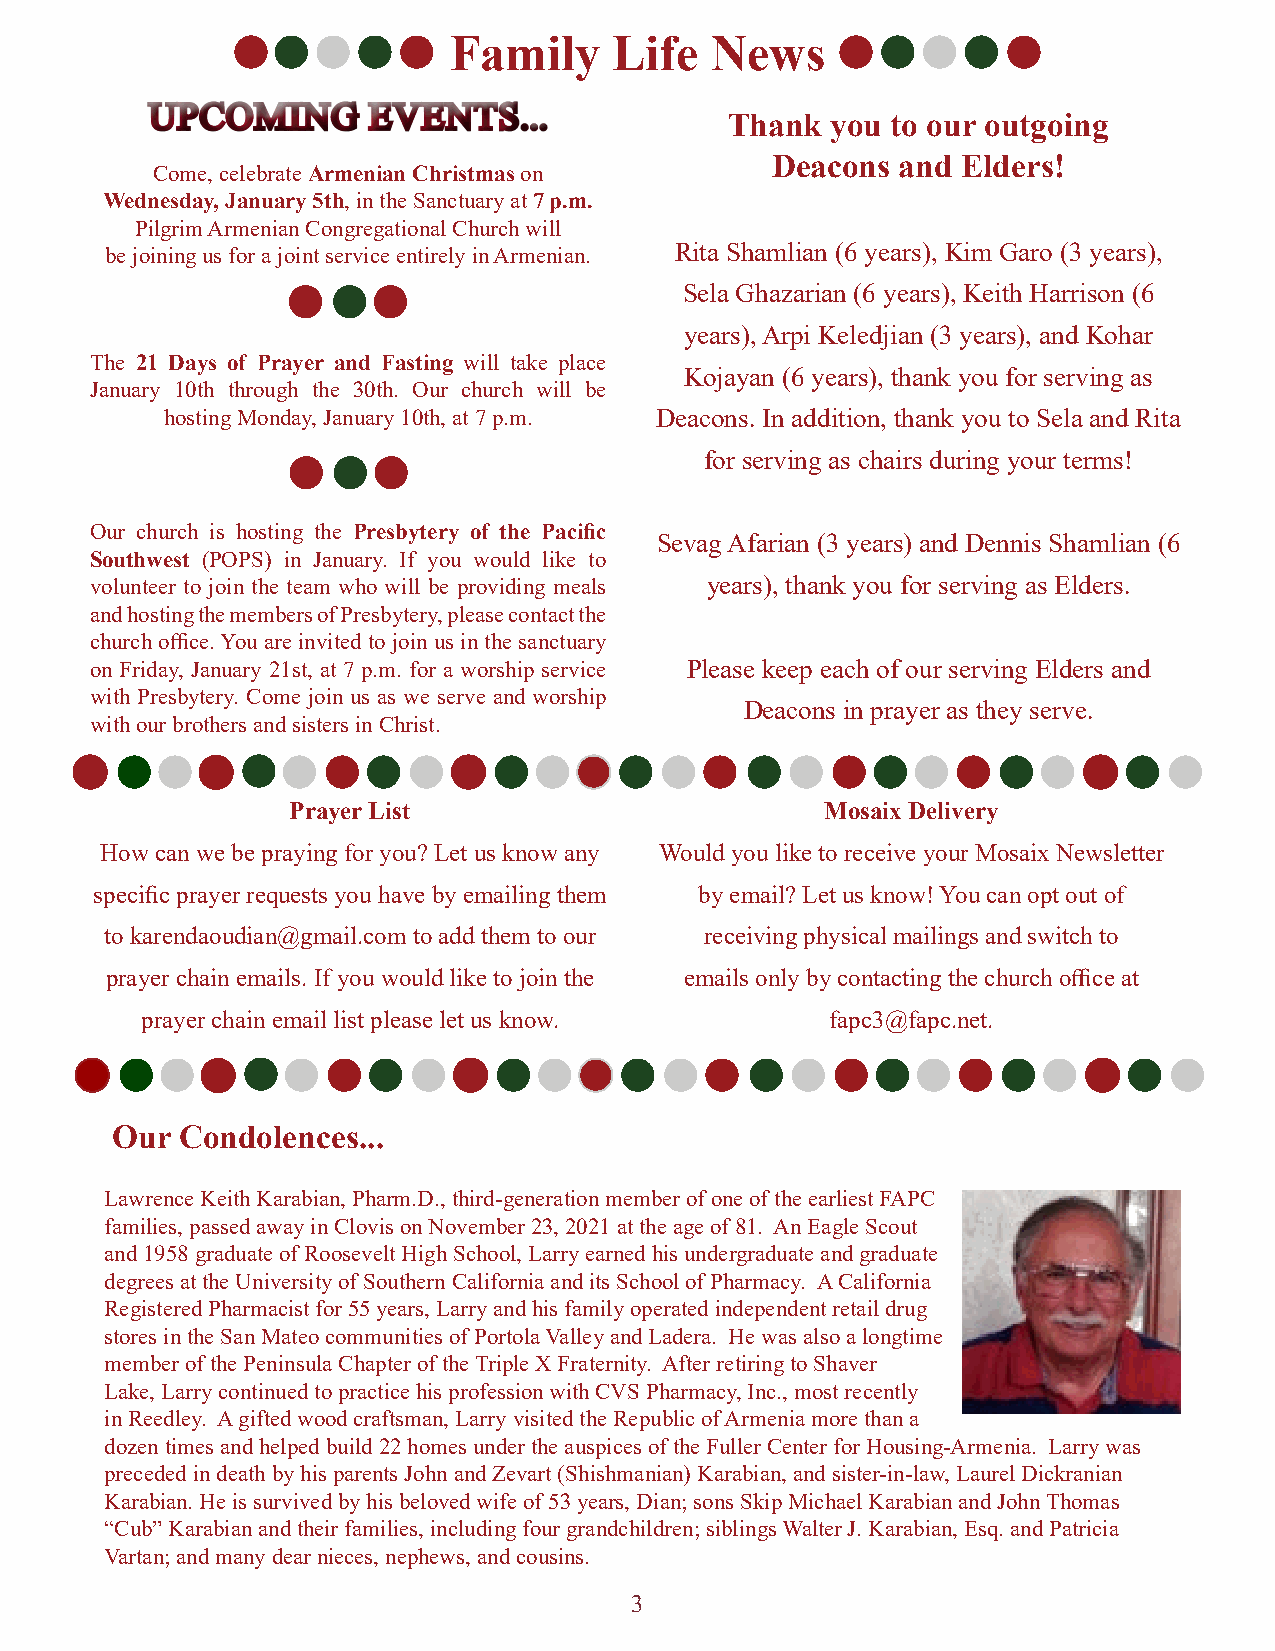
Family     Life  News
 UUPPCCOOMMIINNGG EEVVEENNTTSS......
 Thank  you to our outgoing
 Deacons  and Elders!
 Come, celebrate Armenian Christmas on
 Wednesday, January 5th, in the Sanctuary at 7 p.m.
 Pilgrim Armenian Congregational Church will
 be joining us for a joint service entirely in Armenian. Rita Shamlian (6 years), Kim Garo (3 years),
 Sela Ghazarian (6 years), Keith Harrison (6
 years), Arpi Keledjian (3 years), and Kohar
 The 21 Days of Prayer and Fasting will take place
 Kojayan (6 years), thank you for serving as
 January 10th through the 30th. Our church will be
 hosting Monday, January 10th, at 7 p.m. Deacons. In addition, thank you to Sela and Rita
 for serving as chairs during your terms!
 Our church is hosting the Presbytery of the Pacific
 Sevag Afarian (3 years) and Dennis Shamlian (6
 Southwest (POPS) in January. If you would like to
 volunteer to join the team who will be providing meals years), thank you for serving as Elders.
 and hosting the members of Presbytery, please contact the
 church office. You are invited to join us in the sanctuary
 on Friday, January 21st, at 7 p.m. for a worship service Please keep each of our serving Elders and
 with Presbytery. Come join us as we serve and worship
 Deacons in prayer as they serve.
 with our brothers and sisters in Christ.
 Prayer List                         Mosaix Delivery
 How can we be praying for you? Let us know any Would you like to receive your Mosaix Newsletter
 specific prayer requests you have by emailing them by email? Let us know! You can opt out of
 to karendaoudian@gmail.com to add them to our receiving physical mailings and switch to
 prayer chain emails. If you would like to join the emails only by contacting the church office at
 prayer chain email list please let us know.   fapc3@fapc.net.
 Our  Condolences...
 Lawrence Keith Karabian, Pharm.D., third-generation member of one of the earliest FAPC
 families, passed away in Clovis on November 23, 2021 at the age of 81. An Eagle Scout
 and 1958 graduate of Roosevelt High School, Larry earned his undergraduate and graduate
 degrees at the University of Southern California and its School of Pharmacy. A California
 Registered Pharmacist for 55 years, Larry and his family operated independent retail drug
 stores in the San Mateo communities of Portola Valley and Ladera. He was also a longtime
 member of the Peninsula Chapter of the Triple X Fraternity. After retiring to Shaver
 Lake, Larry continued to practice his profession with CVS Pharmacy, Inc., most recently
 in Reedley. A gifted wood craftsman, Larry visited the Republic of Armenia more than a
 dozen times and helped build 22 homes under the auspices of the Fuller Center for Housing-Armenia. Larry was
 preceded in death by his parents John and Zevart (Shishmanian) Karabian, and sister-in-law, Laurel Dickranian
 Karabian. He is survived by his beloved wife of 53 years, Dian; sons Skip Michael Karabian and John Thomas
 “Cub” Karabian and their families, including four grandchildren; siblings Walter J. Karabian, Esq. and Patricia
 Vartan; and many dear nieces, nephews, and cousins.
 3